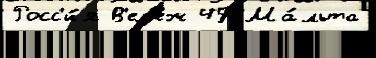
Росс'и́я В'ел'еж 45 Ма́льта